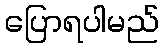
ပြောရပါမည်